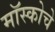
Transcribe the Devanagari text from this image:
मॉस्कोचे